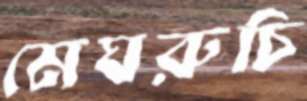
মেঘরুচি